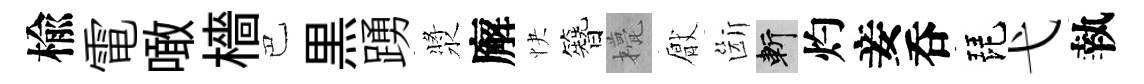
楡電噉檣巴黒踴漿廨快簪甍厭斷斬灼妾呑琵弋執